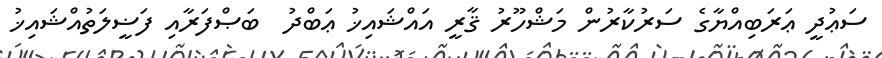
ސަޢުދީ ޢަރަބިއްޔާގެ ސަރުކާރުން މަޝްހޫރު ޤާރީ އައްޝައިޚު ޢަބްދު  ބަޞްފަރާއި ފަޟީލަތުއްޝައިޚު